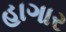
હાગાર